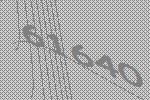
61640